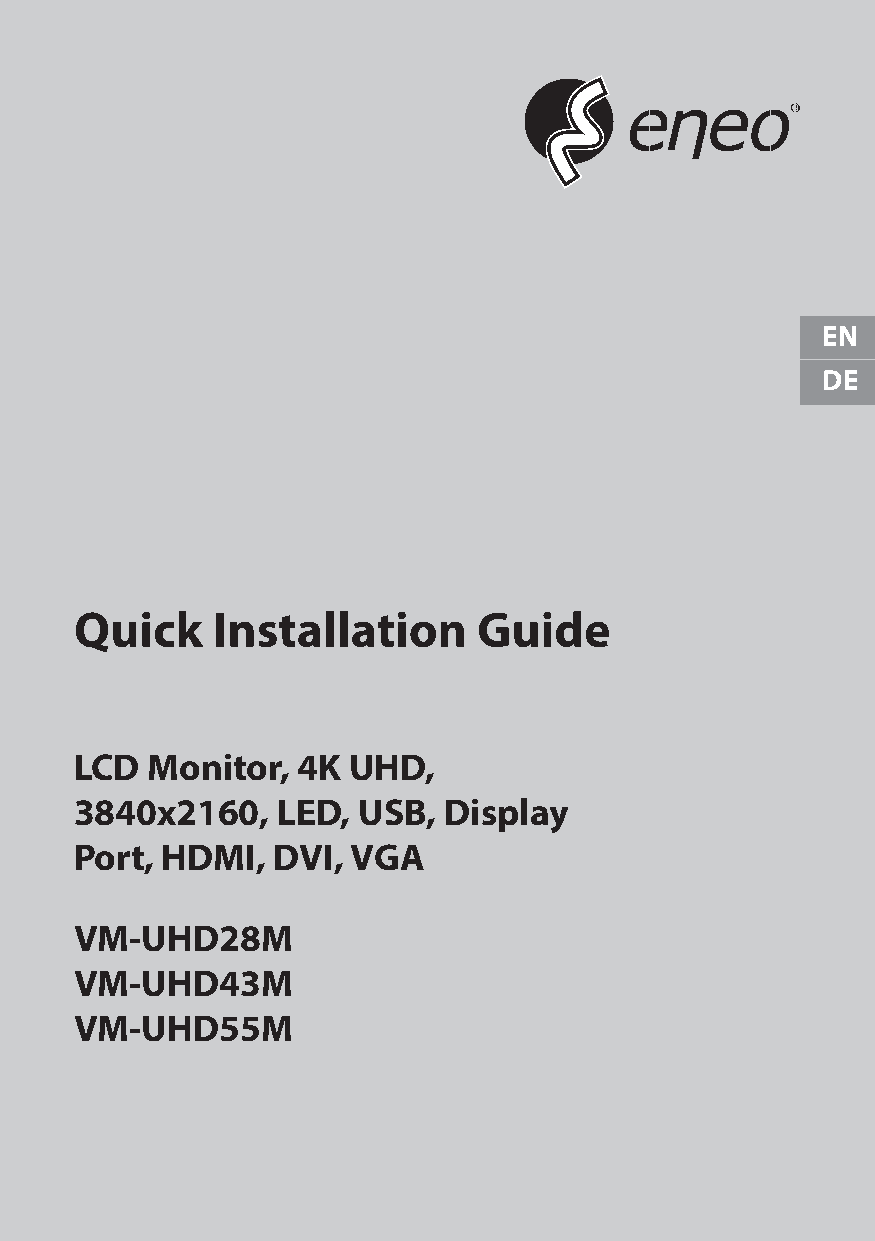
EN
 DE
 Quick    Installation      Guide
 LCD  Monitor,  4K UHD,
 3840x2160,   LED,  USB, Display
 Port, HDMI,  DVI, VGA
 VM-UHD28M
 VM-UHD43M
 VM-UHD55M